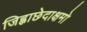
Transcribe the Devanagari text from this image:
जिह्वाछेदाक्षमो